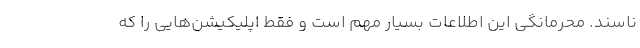
ناسند. محرمانگی این اطلاعات بسیار مهم است و فقط اپلیکیشن‌هایی را که